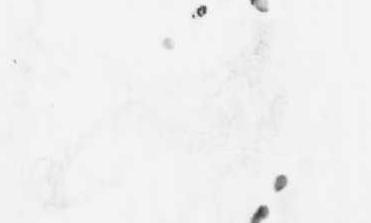
如